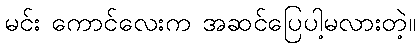
မင်း ကောင်လေးက အဆင်ပြေပါ့မလားတဲ့။